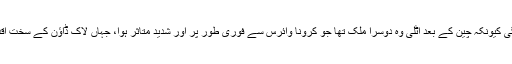
دنیا کی نظریں اٹلی کے فیصلے اور اس کے نتائج پررہیں گی کیونکہ چین کے بعد اٹلی وہ دوسرا ملک تھا جو کرونا وائرس سے فوری طور پر اور شدید متاثر ہوا، جہاں لاک ڈاؤن کے سخت اقدامات کیے گئے اور آج سے اس میں نرمی کی جا رہی ہے۔